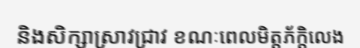
និងសិក្សាស្រាវជ្រាវ ខណៈពេលមិត្តភ័ក្តិលេង